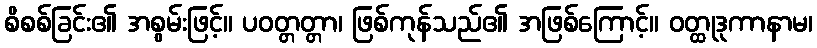
စိစစ်ခြင်း၏ အစွမ်းဖြင့်။ ပဝတ္တတ္တာ၊ ဖြစ်ကုန်သည်၏ အဖြစ်ကြောင့်။ ဝတ္ထုဒုကာနာမ၊